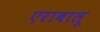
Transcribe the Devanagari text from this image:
एराबालू